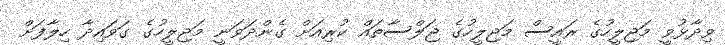
ވިދާޅުވީ މަޖިލީހުގެ ރައީސް މަޖިލީހުގެ ޖަލްސާތައް ކުރިއަށް ގެންދަވަނީ މަޖިލީހުގެ ގަވައިދާ ހިލާފަށް